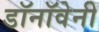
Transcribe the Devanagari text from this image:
डॉनॉवेनी